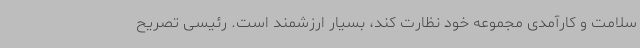
سلامت و کارآمدی مجموعه خود نظارت کند، بسیار ارزشمند است. رئیسی تصریح